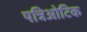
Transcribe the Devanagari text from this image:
पत्रिओटिक